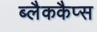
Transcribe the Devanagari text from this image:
ब्लैककैप्स